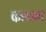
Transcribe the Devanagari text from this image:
कलकार